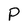
Character: P